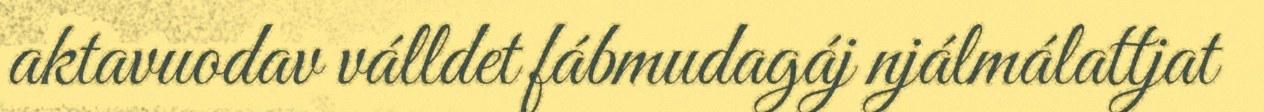
aktavuodav válldet fábmudagáj njálmálattjat